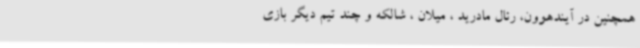
همچنین در آیندهوون، رئال مادرید ، میلان ، شالکه و چند تیم دیگر بازی